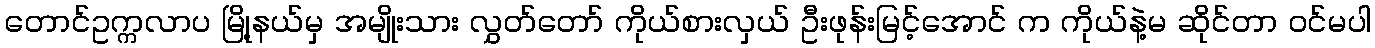
တောင်ဥက္ကလာပ မြို့နယ်မှ အမျိုးသား လွှတ်တော် ကိုယ်စားလှယ် ဦးဖုန်းမြင့်အောင် က ကိုယ်နဲ့မ ဆိုင်တာ ဝင်မပါ